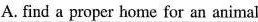
A. find a proper home for an animal